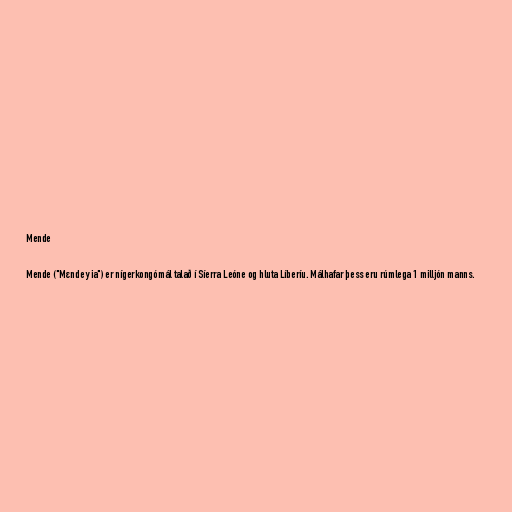
Mende

Mende ("Mɛnde yia") er nígerkongómál talað í Síerra Leóne og hluta Líberíu. Málhafar þess eru rúmlega 1 milljón manns.